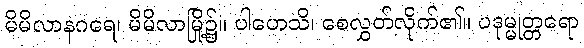
မိမိလာနဂရေ၊ မိမိလာမြို့၌။ ပါဟေသိ၊ စေလွှတ်လိုက်၏။ ပဒုမ္မုတ္တရော